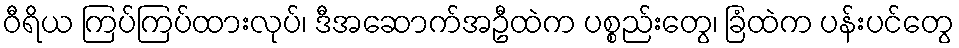
ဝီရိယ ကြပ်ကြပ်ထားလုပ်၊ ဒီအဆောက်အဦထဲက ပစ္စည်းတွေ၊ ခြံထဲက ပန်းပင်တွေ